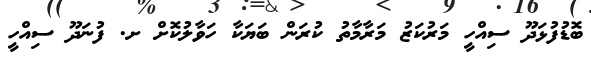
ބޮޑުފުޅަދޫ ސިއްހީ މަރުކަޒު މަރާމާތު ކުރަން ބަޔަކާ ހަވާލުކޮށް ށ. ފުނަދޫ ސިއްހީ